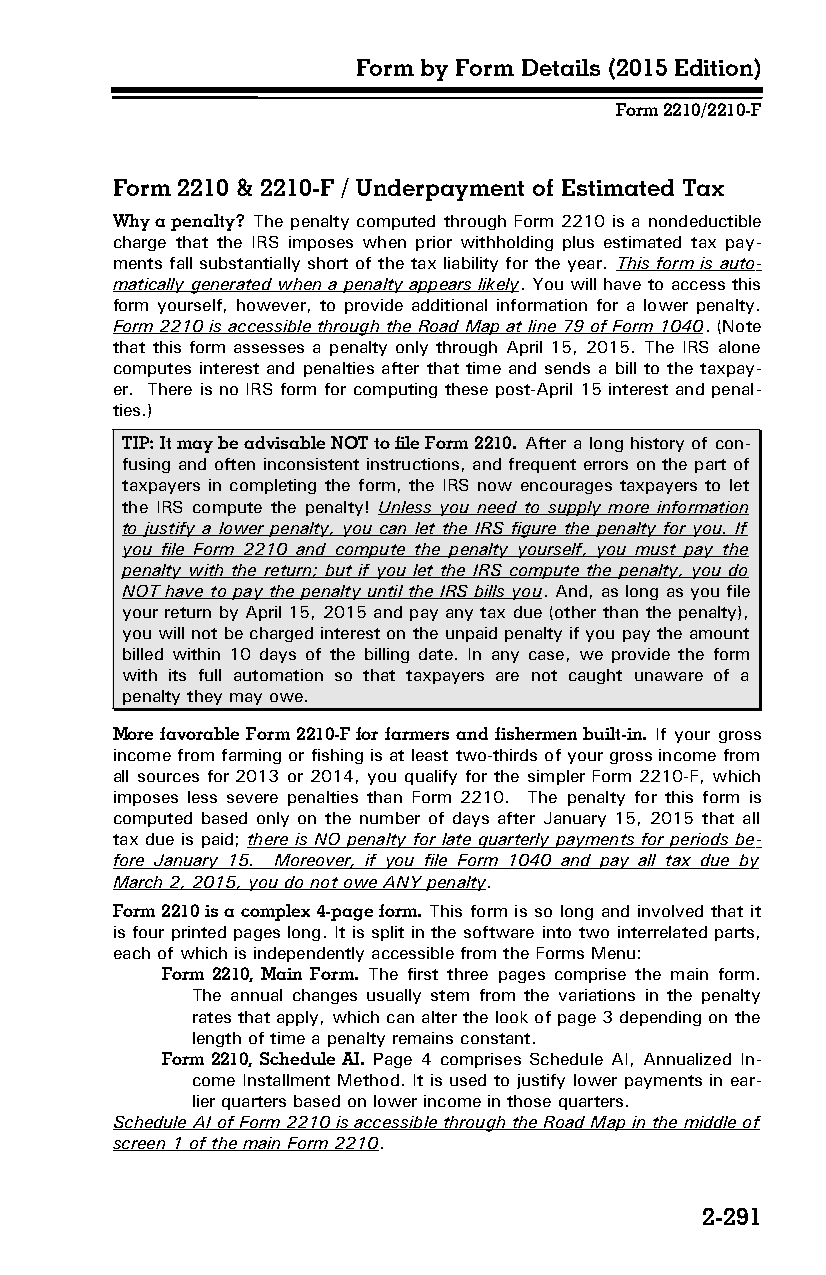
Form by Form Details (2015 Edition)
 Form 2210/2210-F
 Form 2210 & 2210-F / Underpayment of Estimated Tax
 Why a penalty? The penalty computed through Form 2210 is a nondeductible
 charge that the IRS imposes when prior withholding plus estimated tax pay­
 ments fall substantially short of the tax liability for the year. This form is auto­
 matically generated when a penalty appears likely. You will have to access this
 form yourself, however, to provide additional information for a lower penalty.
 Form 2210 is accessible through the Road Map at line 79 of Form 1040. (Note
 that this form assesses a penalty only through April 15, 2015. The IRS alone
 computes interest and penalties after that time and sends a bill to the taxpay­
 er. There is no IRS form for computing these post-April 15 interest and penal­
 ties.)
 TIP: It may be advisable NOT to file Form 2210. After a long history of con­
 fusing and often inconsistent instructions, and frequent errors on the part of
 taxpayers in completing the form, the IRS now encourages taxpayers to let
 the IRS compute the penalty! Unless you need to supply more information
 to justify a lower penalty, you can let the IRS figure the penalty for you. If
 you file Form 2210 and compute the penalty yourself, you must pay the
 penalty with the return; but if you let the IRS compute the penalty, you do
 NOT have to pay the penalty until the IRS bills you. And, as long as you file
 your return by April 15, 2015 and pay any tax due (other than the penalty),
 you will not be charged interest on the unpaid penalty if you pay the amount
 billed within 10 days of the billing date. In any case, we provide the form
 with its full automation so that taxpayers are not caught unaware of a
 penalty they may owe.
 More favorable Form 2210-F for farmers and fishermen built-in. If your gross
 income from farming or fishing is at least two-thirds of your gross income from
 all sources for 2013 or 2014, you qualify for the simpler Form 2210-F, which
 imposes less severe penalties than Form 2210. The penalty for this form is
 computed based only on the number of days after January 15, 2015 that all
 tax due is paid; there is NO penalty for late quarterly payments for periods be­
 fore January 15. Moreover, if you file Form 1040 and pay all tax due by
 March 2, 2015, you do not owe ANY penalty.
 Form 2210 is a complex 4-page form. This form is so long and involved that it
 is four printed pages long. It is split in the software into two interrelated parts,
 each of which is independently accessible from the Forms Menu:
 Form 2210, Main Form. The first three pages comprise the main form.
 The annual changes usually stem from the variations in the penalty
 rates that apply, which can alter the look of page 3 depending on the
 length of time a penalty remains constant.
 Form 2210, Schedule AI. Page 4 comprises Schedule AI, Annualized In­
 come Installment Method. It is used to justify lower payments in ear­
 lier quarters based on lower income in those quarters.
 Schedule AI of Form 2210 is accessible through the Road Map in the middle of
 screen 1 of the main Form 2210.
 2-291